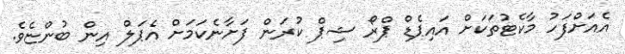
އެއަށްފަހު މާކެޓުތަކަށް އައިޕެޑް ޕްރޯ ޝިޕް ކުރަން ފަށާނެކަމަށް އެޕަލް އިން ބުންޏެވެ.